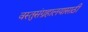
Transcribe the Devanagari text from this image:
वस्तुसंग्रहालयासाठी